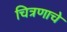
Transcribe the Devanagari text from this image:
चित्रणाचे